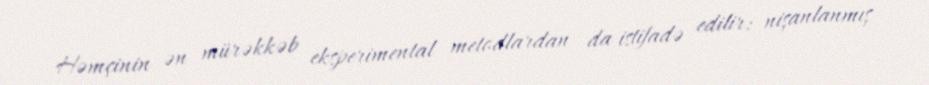
Həmçinin ən mürəkkəb eksperimental metodlardan da istifadə edilir: nişanlanmış